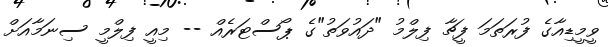
ވީމީޑިއާގެ ފުރަތަމަ ފީޗާ ފިލްމު "ދައުވަތު"ގެ ޕޯސްޓަރެއް -- މިއީ ފިލްމީ ސިނަމާއަށް